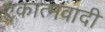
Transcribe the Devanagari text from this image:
एकात्मवादी